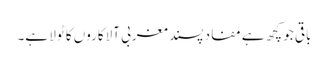
باقی جو کچھ ہے مفاد پسند مغربی آلاکاروں کا ٹولا ہے۔